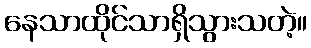
နေသာထိုင်သာရှိသွားသတဲ့။